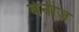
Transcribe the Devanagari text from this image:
बेनीज़